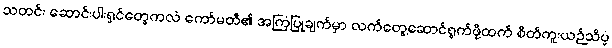
သတင်း ဆောင်းပါးရှင်တွေကလဲ ကော်မတီ၏ အကြံပြုချက်မှာ လက်တွေ့ဆောင်ရွက်ဖို့ထက် စိတ်ကူးယဉ်သိပ္ပံ